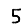
Digit: 5